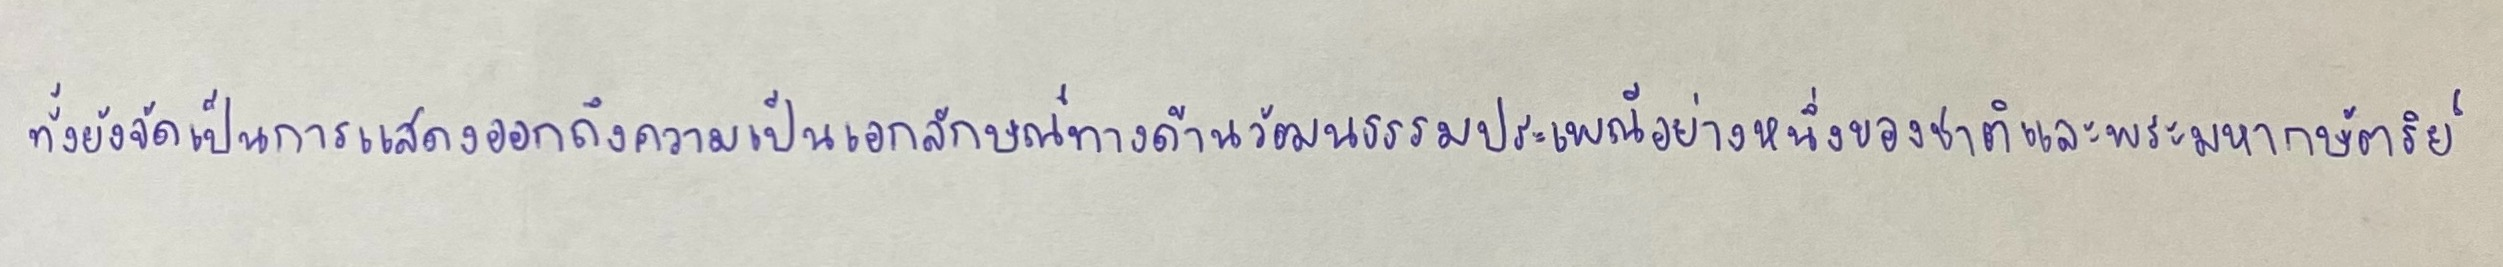
ทั้งยังจัดเป็นการแสดงออกถึงความเป็นเอกลักษณ์ทางด้านวัฒนธรรมประเพณีอย่างหนึ่งของชาติและพระมหากษัตริย์